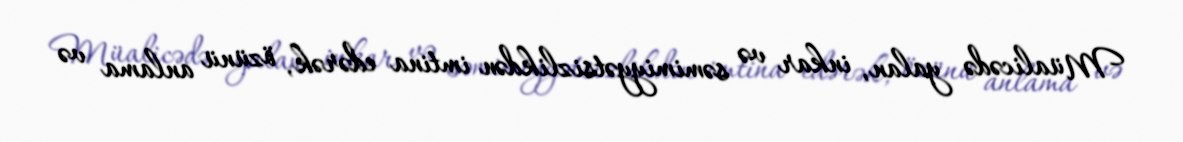
Müalicədə yalan, inkar və səmimiyyətsizlikdən imtina edərək, özünü anlama və